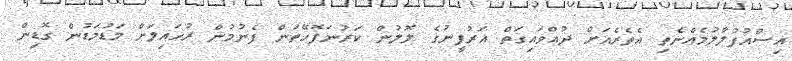
އިސްއުފުލާލުމެއްނެތި އެތެރެއަށް ދުއްވައިގަތް އަރުފީނުގެ ލޮލުން ކަރުނަފޮހޭތަން ފެނުމުން ރުހައިލަށް މަޑުމަޑުން ގޮޑިން